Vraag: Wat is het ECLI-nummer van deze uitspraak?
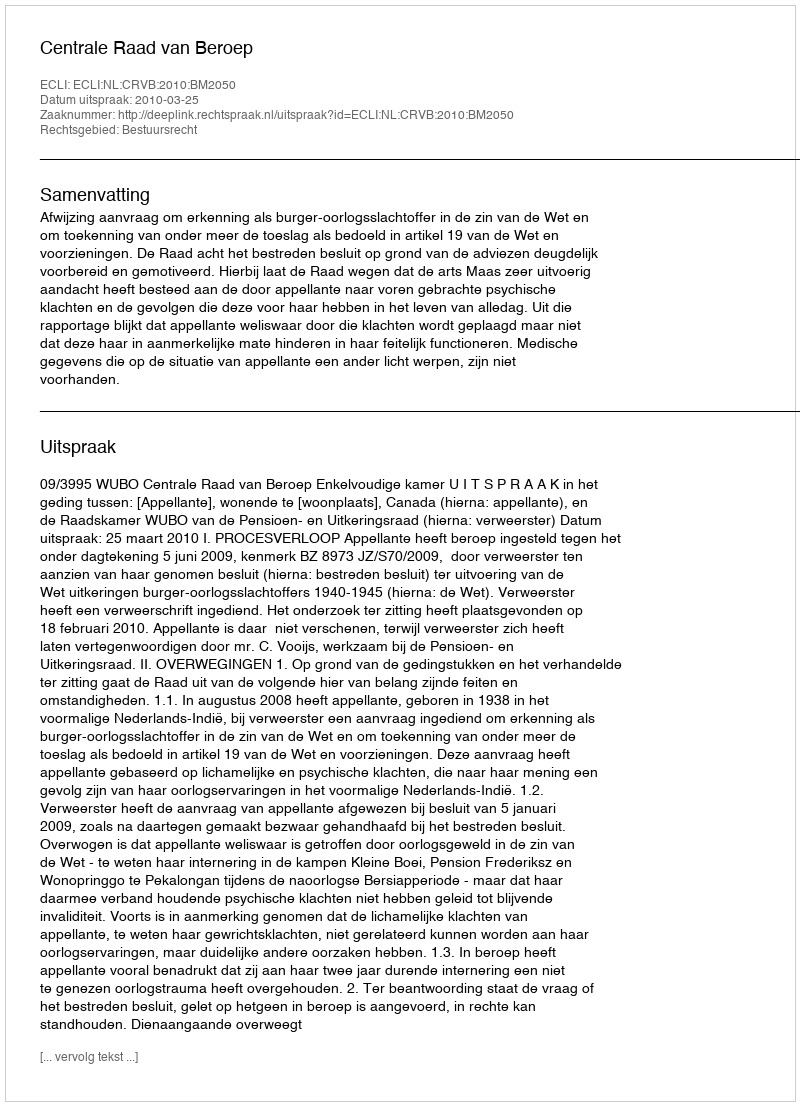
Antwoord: ECLI:NL:CRVB:2010:BM2050